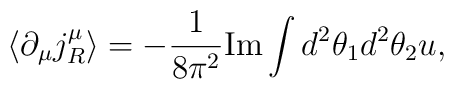
\langle\partial_\mu j_R^\mu\rangle =- \frac{1}{8\pi^2} \mbox{Im} \int d^2\theta_1 d^2\theta_2 u,